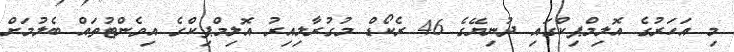
މި އަހަރުގެ އޮލިމްޕިކްގައި ދުނިޔޭގެ 46 ރެކޯޑް މުގުރާލިއިރު އޮލިމްޕިކްގެ އިވެންޓުތައް ބެލުމަށް